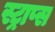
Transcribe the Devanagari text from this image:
स्ट्राप्स